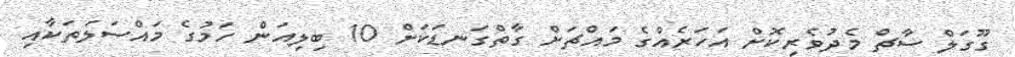
ގޫގަލް ސާޗް މެދުވެރިކޮށް އަހަރެއްގެ މައްޗަށް ގާތްގަނޑަކަށް 10 ބިލިއަން ހަމުގެ މައްސަލަތަކާއި